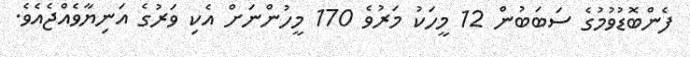
ފެންބޮޑުވުމުގެ ސަބަބުން 12 މީހަކު މަރުވެ 170 މީހުންނަށް އެކި ވަރުގެ އަނިޔާވެއްޖެއެވެ.